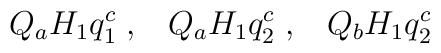
Q_aH_1q_1^c\;,\;\;\;Q_aH_1q_2^c\;,\;\;\;Q_bH_1q_2^c